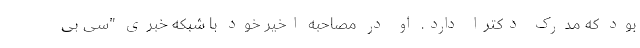
بود که مدرک دکترا دارد. او در مصاحبه اخیر خود با شبکه خبری "سی بی